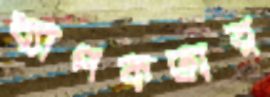
ব্যাপকতার